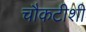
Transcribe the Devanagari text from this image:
चौकटीशी